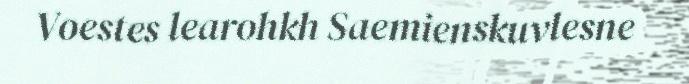
Voestes learohkh Saemienskuvlesne